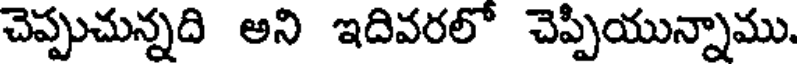
చెప్పుచున్నది అని ఇదివరలో చెప్పియున్నాము.